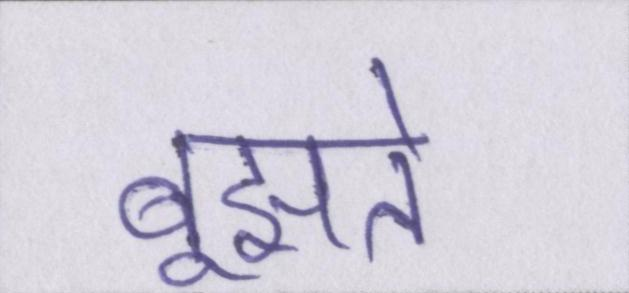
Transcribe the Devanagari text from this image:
बूझते